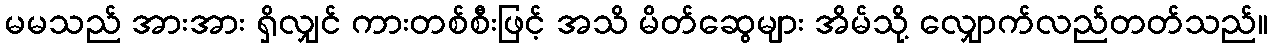
မမသည် အားအား ရှိလျှင် ကားတစ်စီးဖြင့် အသိ မိတ်ဆွေများ အိမ်သို့ လျှောက်လည်တတ်သည်။